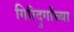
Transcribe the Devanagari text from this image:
गिरिदुर्गांच्या